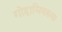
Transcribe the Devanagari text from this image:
गोहाञिबरुवा